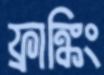
ফ্রাঙ্কিং